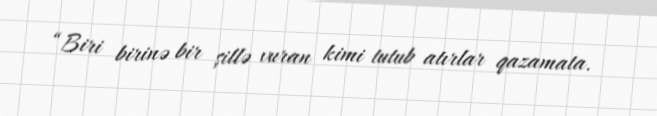
“Biri birinə bir şillə vuran kimi tutub atırlar qazamata.